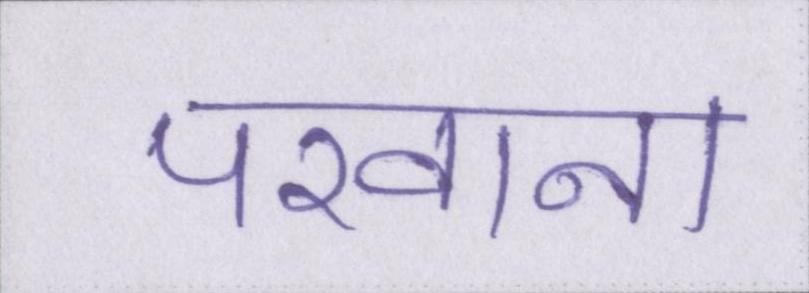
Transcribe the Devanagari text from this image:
परवाना